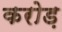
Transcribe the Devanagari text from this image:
करोड़